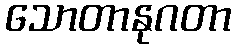
သောတာနုဂတာ